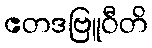
ဧတဒဗြူဝီတိ